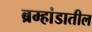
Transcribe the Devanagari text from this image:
ब्रम्हांडातील